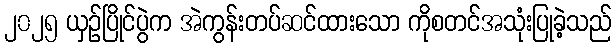
၂၀၂၅ ယှဉ်ပြိုင်ပွဲက အဲကွန်းတပ်ဆင်ထားသော ကိုစတင်အသုံးပြုခဲ့သည်